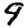
Digit: 9